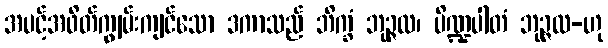
အပင့်အဖိတ်ကျွမ်းကျင်သော ဒကာသည် ဘိက္ခံ ဘုဉ္ဇထ၊ ပိဏ္ဍပါတံ ဘုဉ္ဇထ-ဟု